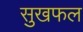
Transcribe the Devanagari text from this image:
सुखफल